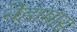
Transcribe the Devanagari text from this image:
नेहामास